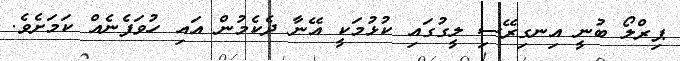
ޕިރްލޯ ބުނީ އިނގިރޭސި ލީގުގައި ކުޅުމަކީ އޭނާ ދެކެމުން އައި ހުވަފެނެއް ކަމަށެވެ.